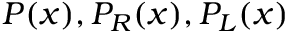
P ( x ) , P _ { R } ( x ) , P _ { L } ( x )